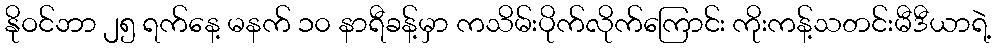
နိုဝင်ဘာ ၂၅ ရက်နေ့ မနက် ၁၀ နာရီခန့်မှာ ကသိမ်းပိုက်လိုက်ကြောင်း ကိုးကန့်သတင်းမီဒီယာရဲ့